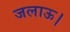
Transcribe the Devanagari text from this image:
जलाऊ।